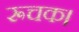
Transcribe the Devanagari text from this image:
रूचक।